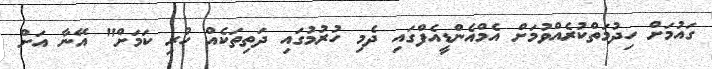
ގައުމަށް ހިދުމަތްކުރެއްވުމަށް އެމްއެންޑީއެފްގައި ދެމި ހުރުމުގައި ދަތިތަކެއް ހުރި ކަމަށް" އޭނާ އަށް